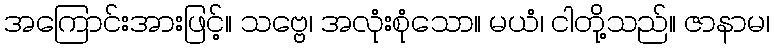
အကြောင်းအားဖြင့်။ သဗ္ဗေ၊ အလုံးစုံသော။ မယံ၊ ငါတို့သည်။ ဇာနာမ၊